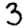
Digit: 3